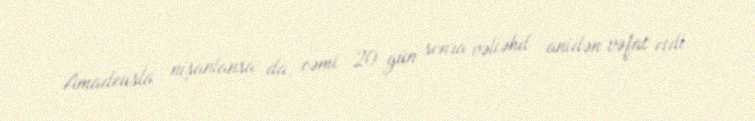
Amadeusla nişanlansa da, cəmi 20 gün sonra vəliəhd anidən vəfat etdi.